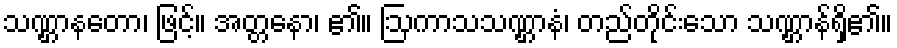
သဏ္ဌာနတော၊ ဖြင့်။ အတ္တနော၊ ၏။ ဩကာသသဏ္ဌာနံ၊ တည်တိုင်းသော သဏ္ဌာန်ရှိ၏။